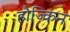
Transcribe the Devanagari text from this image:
हौज्किन